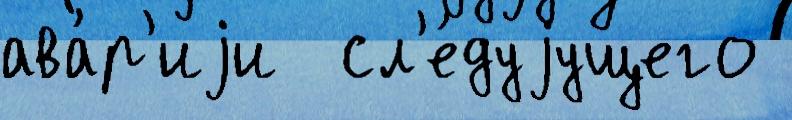
ава́р'иjи  сл'е́дуjущего